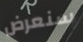
سنعرض